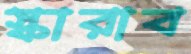
স্কারাব